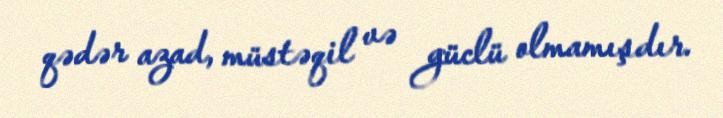
qədər azad, müstəqil və güclü olmamışdır.